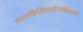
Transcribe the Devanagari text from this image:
वरगाहितिप्राप्तोपाधिकानॉ